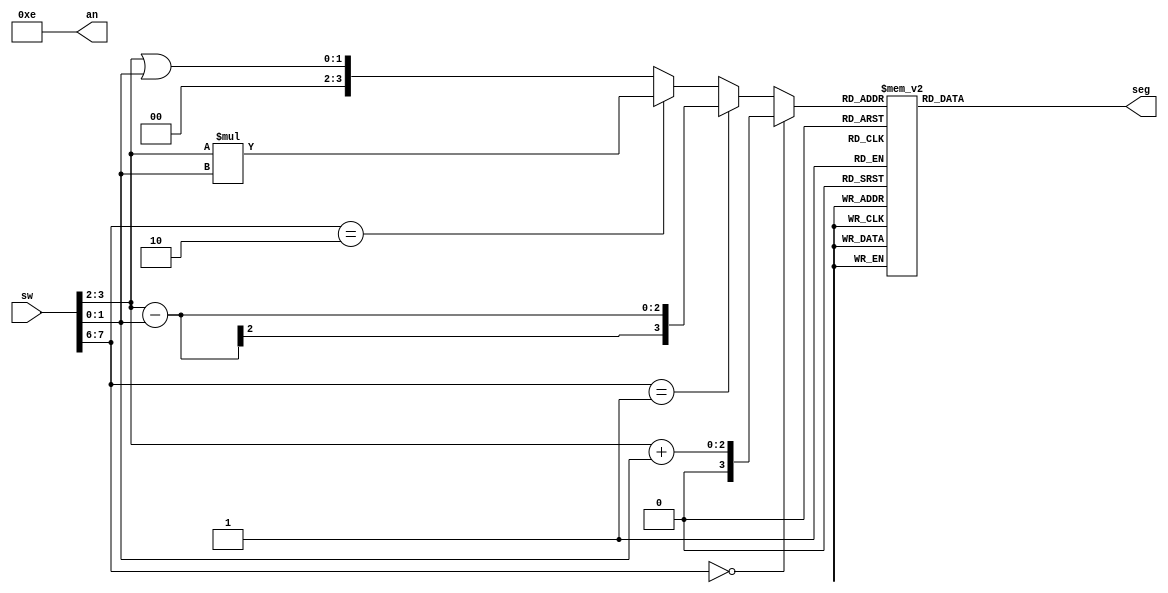
// Gksel can nal
// S011827

module cpuSevenSegment(sw, an, seg);

input [7:0] sw;
output reg [3:0] an;
output reg [7:0] seg;


reg [3:0] result;

always@(*) begin
	an = 4'b1110;
    
	if (sw[7:6] == 2'b00) begin
		result = sw[3:2] + sw[1:0];
	end
	else if (sw[7:6] == 2'b01) begin
		result = sw[3:2] - sw[1:0];
	end
	else if (sw[7:6] == 2'b10) begin
		result = sw[3:2] * sw[1:0];
	end
	else begin
		result = sw[3:2] | sw[1:0];
	end
	case(result)
      0: seg = 8'b11000000;  //0
		1: seg = 8'b11111001;  //1
		2: seg = 8'b10100100;  //2
		3: seg = 8'b10110000;  //3
      4: seg = 8'b10011001;  //4
		5: seg = 8'b10010010;  //5
		6: seg = 8'b10000010;  //6
		7: seg = 8'b11111000;  //7
		8: seg = 8'b10000000;  //8
		9: seg = 8'b10010000;  //9
		10:seg = 8'b10001000;  //10
		11:seg = 8'b10000011;  //11
		12:seg = 8'b11000110;  //12
		13:seg = 8'b10100001;  //13
		14:seg = 8'b10000110;  //14
		15:seg = 8'b10001110;  //15
		default: seg = 8'b11111111;  //default
	endcase
	
end

endmodule